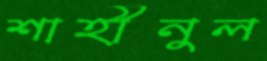
শাহীনুল